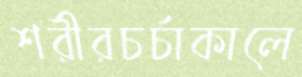
শরীরচর্চাকালে